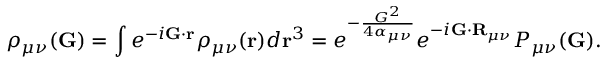
\rho _ { \mu \nu } ( \mathbf { G } ) = \int e ^ { - i \mathbf { G } \cdot \mathbf { r } } \rho _ { \mu \nu } ( \mathbf { r } ) d \mathbf { r } ^ { 3 } = e ^ { - \frac { G ^ { 2 } } { 4 \alpha _ { \mu \nu } } } e ^ { - i \mathbf { G } \cdot \mathbf { R } _ { \mu \nu } } P _ { \mu \nu } ( \mathbf { G } ) .